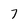
Character: 7